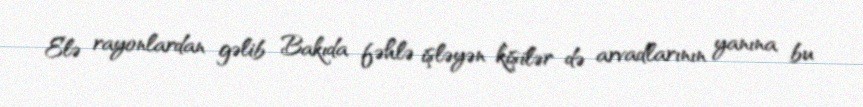
Elə rayonlardan gəlib Bakıda fəhlə işləyən kişilər də arvadlarının yanına bu